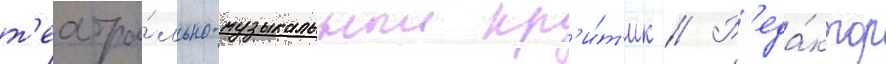
т'еатра́льно-музыкальныи кр'и́т'ик // Р'еда́ктор